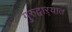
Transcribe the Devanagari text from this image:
गुरुद्वाऱ्यात